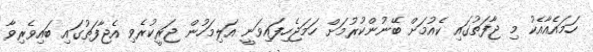
ހަމައެއާއެކު މި ޖާފަތުގައި ކެއުމަށް ބޭނުންކުރުމަށް ހަމަޖެހިފައިވަނީ އަލިމަހުން ޖަރީކުރެވި އެޖާފަތުގައި ބައިވެރިވާ